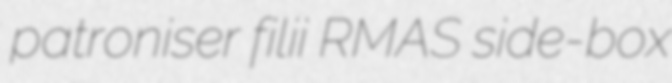
patroniser filii RMAS side-box